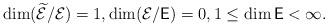
LaTeX: \begin{align*}\dim (\widetilde{\mathcal E}/\mathcal E)=1,\dim(\mathcal E/\mathsf E)=0,1\le\dim\mathsf E<\infty.\end{align*}